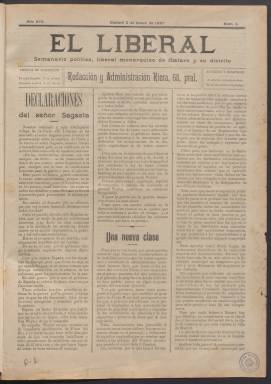
Título: El Liberal (Mataró)
Colección: Periódicos
Ámbito geográfico: Barcelona
Lugar de publicación: Mataró
Fechas: 03/01/1897-15/09/1923